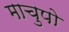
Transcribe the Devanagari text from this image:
माचुपो